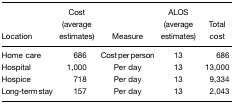
| Location | Cost (average estimates) | Measure | ALOS (average estimates) | Total cost |
 | --- | --- | --- | --- | --- |
 | Home care | 686 | Cost per person | 13 | 686 |
 | Hospital | 1,000 | Per day | 13 | 13,000 |
 | Hospice | 718 | Per day | 13 | 9,334 |
 | Long-term stay | 157 | Per day | 13 | 2,043 |